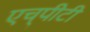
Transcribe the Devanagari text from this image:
एच्‌पीटी